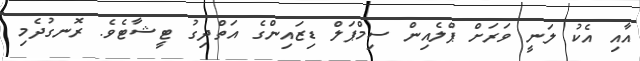
އާއި އެކު ލަނީ ވަރަށް ޕްލެއިން ސިމްޕަލް ޑިޒައިންގެ އަތްދިގު ޓީޝާޓެވެ. ރޮނގުދެމި